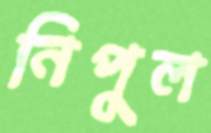
নিপুল